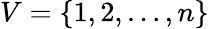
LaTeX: V=\{ 1,2,\dots,n\}